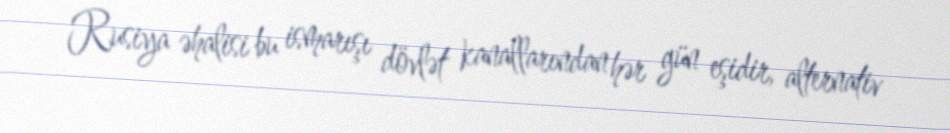
Rusiya əhalisi bu ismarışı dövlət kanallarından hər gün eşidir, alternativ